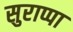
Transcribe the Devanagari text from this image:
सुराप्पा